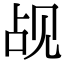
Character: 觇